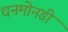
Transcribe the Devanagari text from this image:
धनमोनडी